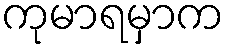
ကုမာရမှာက